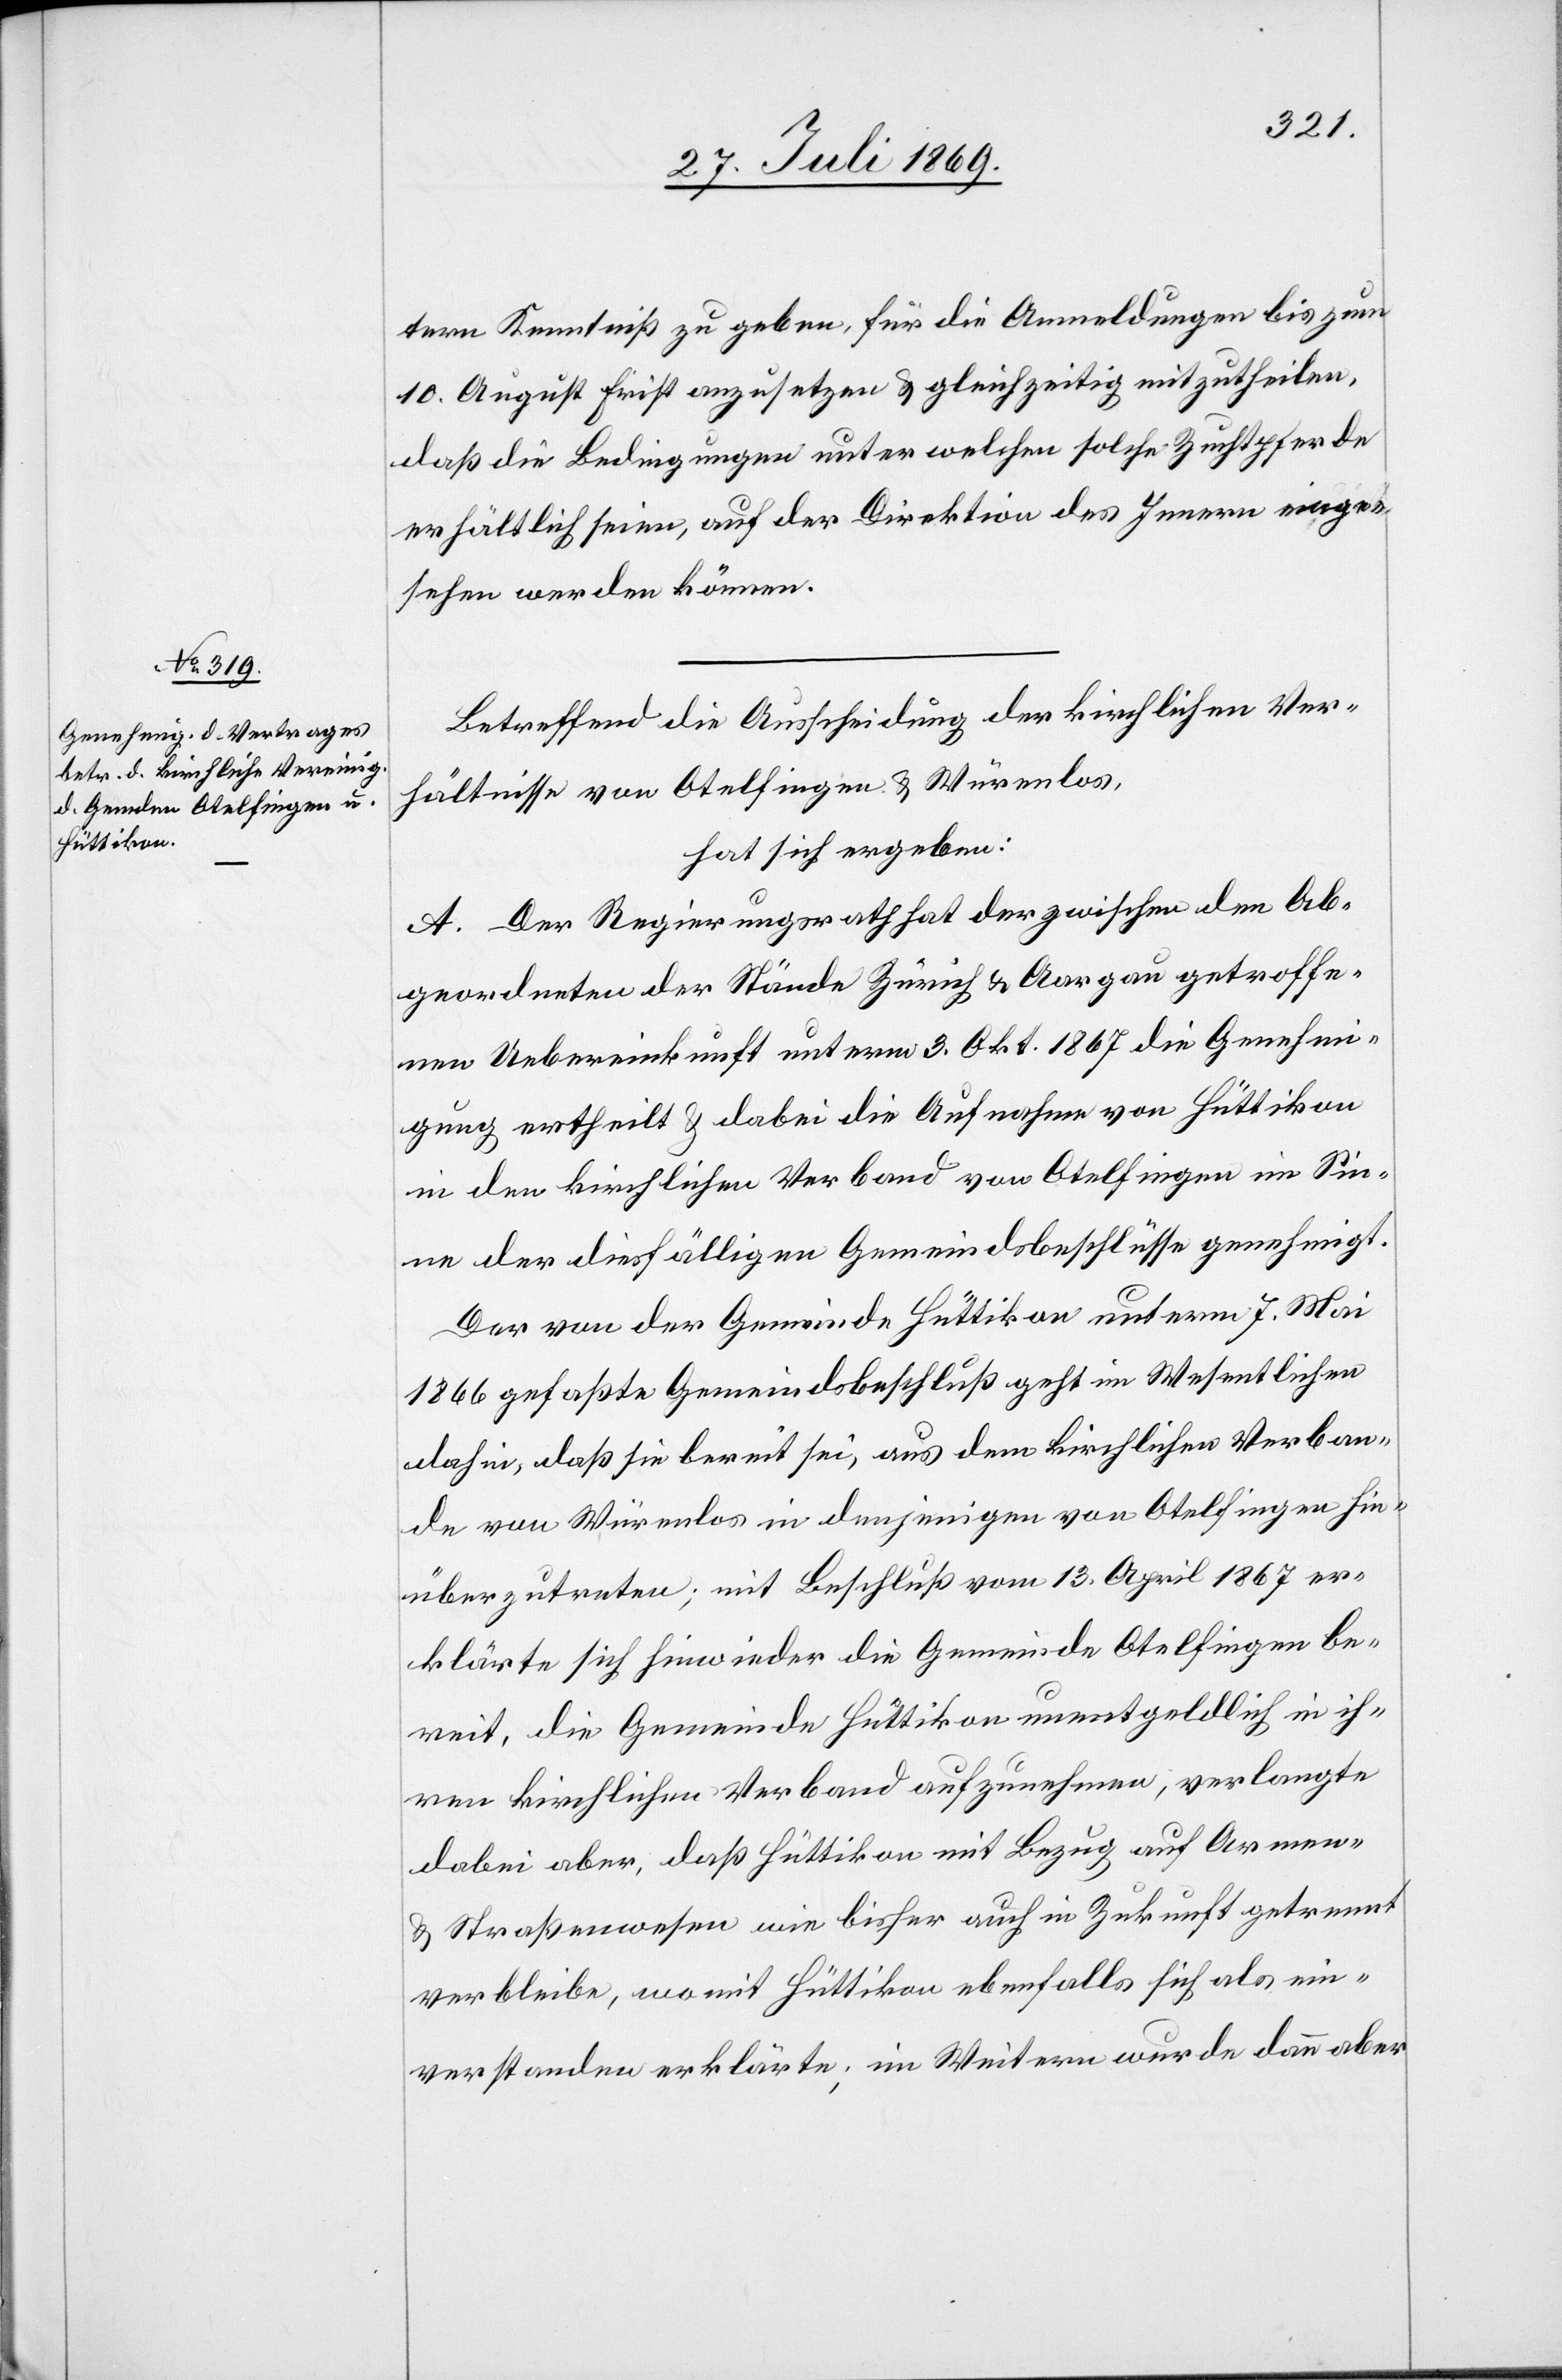
tern Kenntniß zu geben, für die Anmeldungen bis zum
10 August Frist anzusetzen u. gleichzeitig mitzutheilen,
daß die Bedingungen unter welchen solche Zuchtpferde
erhältlich seien, auf der Direktion des Innern einge¬
sehen werden können.
Betreffend die Ausscheidung der kirchlichen Ver¬
hältnisse von Otelfingen u. Würenlos,
hat sich ergeben:
A. Der Regierungsrath hat der zwischen den Ab¬
geordneten der Stände Zürich u. Aargau getroffe¬
nen Uebereinkunft unterm 3 Okt. 1867 die Genehmi¬
gung ertheilt u. dabei die Aufnahme von Hüttikon
in den kirchlichen Verband von Otelfingen im Sin¬
ne der diesfälligen Gemeindsbeschlüsse genehmigt.
Der von der Gemeinde Hüttikon unterm 7 Mai
1866 gefaßte Gemeindsbeschluß geht im Wesentlichen
dahin, daß sie bereit sei, aus dem kirchlichen Verban¬
de von Würenlos in denjenigen von Otelfingen hin¬
überzutreten; mit Beschluß vom 13 April 1867 er¬
klärte sich hinwieder die Gemeinde Otelfingen be¬
reit, die Gemeinde Hüttikon unentgeldlich in ih¬
ren kirchlichen Verband aufzunehmen, verlangte
dabei aber, daß Hüttikon mit Bezug auf Armen-
u. Straßenwesen wie bisher auch in Zukunft getrennt
verbleibe, wo mit Hüttikon ebenfalls sich als ein¬
verstanden erklärte; im Weitern wurde dann aber